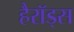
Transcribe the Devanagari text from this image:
हैरॉड्स